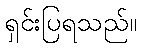
ရှင်းပြရသည်။